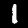
Digit: 1